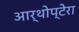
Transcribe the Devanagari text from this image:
आर्थोप्टेरा